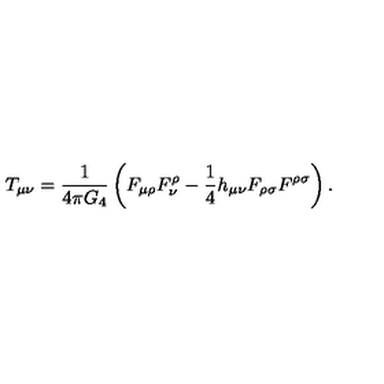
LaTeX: T _ { \mu \nu } = \frac { 1 } { 4 \pi G _ { 4 } } \left( F _ { \mu \rho } F _ { \nu } ^ { \rho } - \frac { 1 } { 4 } h _ { \mu \nu } F _ { \rho \sigma } F ^ { \rho \sigma } \right) .